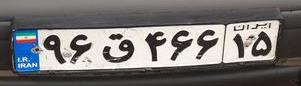
۹۶ق۵۶۶۱۵